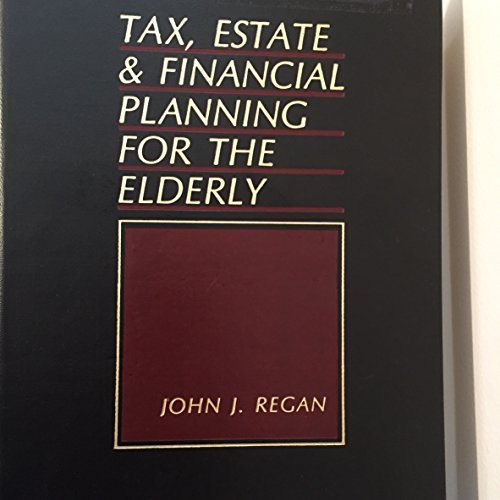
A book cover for Tax, Estate and Financial Planning for the Elderly; John J. Regan; Law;